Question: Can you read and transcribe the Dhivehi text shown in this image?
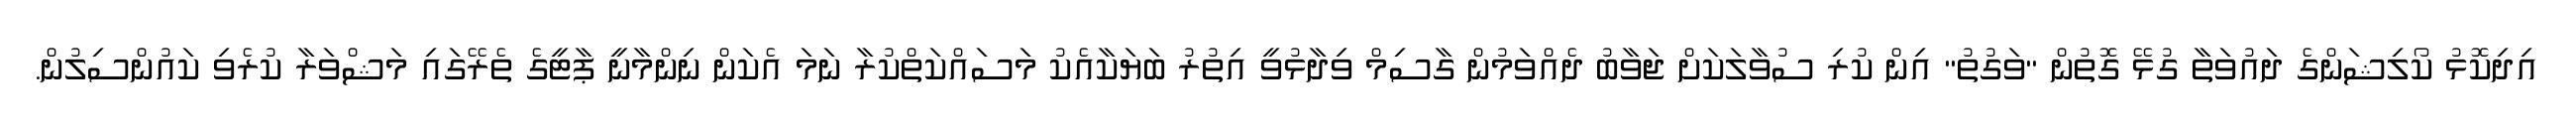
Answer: އިދިކޮޅު ކޯލިޝަންގެ ދައުވަތާ ގުޅޭ ގޮތުން "ވަގުތު" އިން ކުރި ސުވާލަކަށް ޖަވާބު ދެއްވަމުން ގާސިމް ވިދާޅުވީ އިތުރު ބަޔަކާއެކު މަސައްކަތްކުރާ ނަމަ އެކަން ނިންމާނީ ޕާޓީގެ ތެރޭގައި މަޝްވަރާ ކުރެވި ކައުންސިލުން.